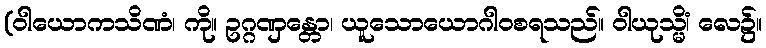
(ဝါယောကသိဏံ၊ ကို။ ဥဂ္ဂဏှန္တော၊ ယူသောယောဂါဝစရသည်။ ဝါယုသ္မိံ၊ လေ၌။